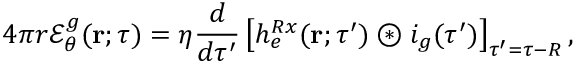
4 \pi r { \mathcal E } _ { \theta } ^ { g } ( { \bf r } ; \tau ) = \eta \frac { d } { d \tau ^ { \prime } } \left[ h _ { e } ^ { R x } ( { \bf r } ; \tau ^ { \prime } ) \circledast i _ { g } ( \tau ^ { \prime } ) \right] _ { \tau ^ { \prime } = \tau - R } ,